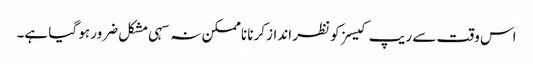
اس وقت سے ریپ کیسز کو نظر انداز کرنا ناممکن نہ سہی مشکل ضرور ہو گیا ہے۔